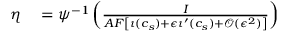
\begin{array} { r l } { \eta } & { { } = \psi ^ { - 1 } \left( \frac { I } { A F \left[ \iota ( c _ { s } ) + \epsilon \iota ^ { \prime } ( c _ { s } ) + \mathcal { O } ( \epsilon ^ { 2 } ) \right] } \right) } \end{array}